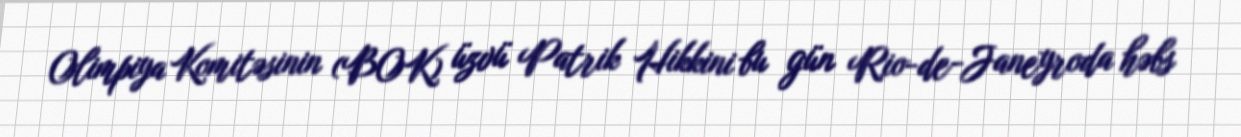
Olimpiya Komitəsinin (BOK) üzvü Patrik Hikkini bu gün Rio-de-Janeyroda həbs